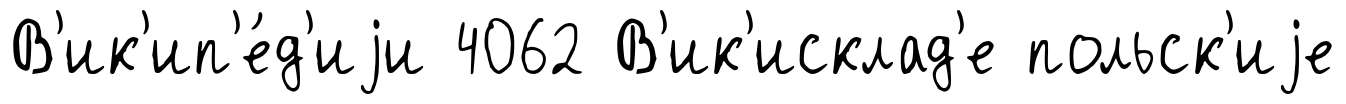
В'ик'ип'е́д'иjи 4062 В'ик'исклад'е польск'иjе